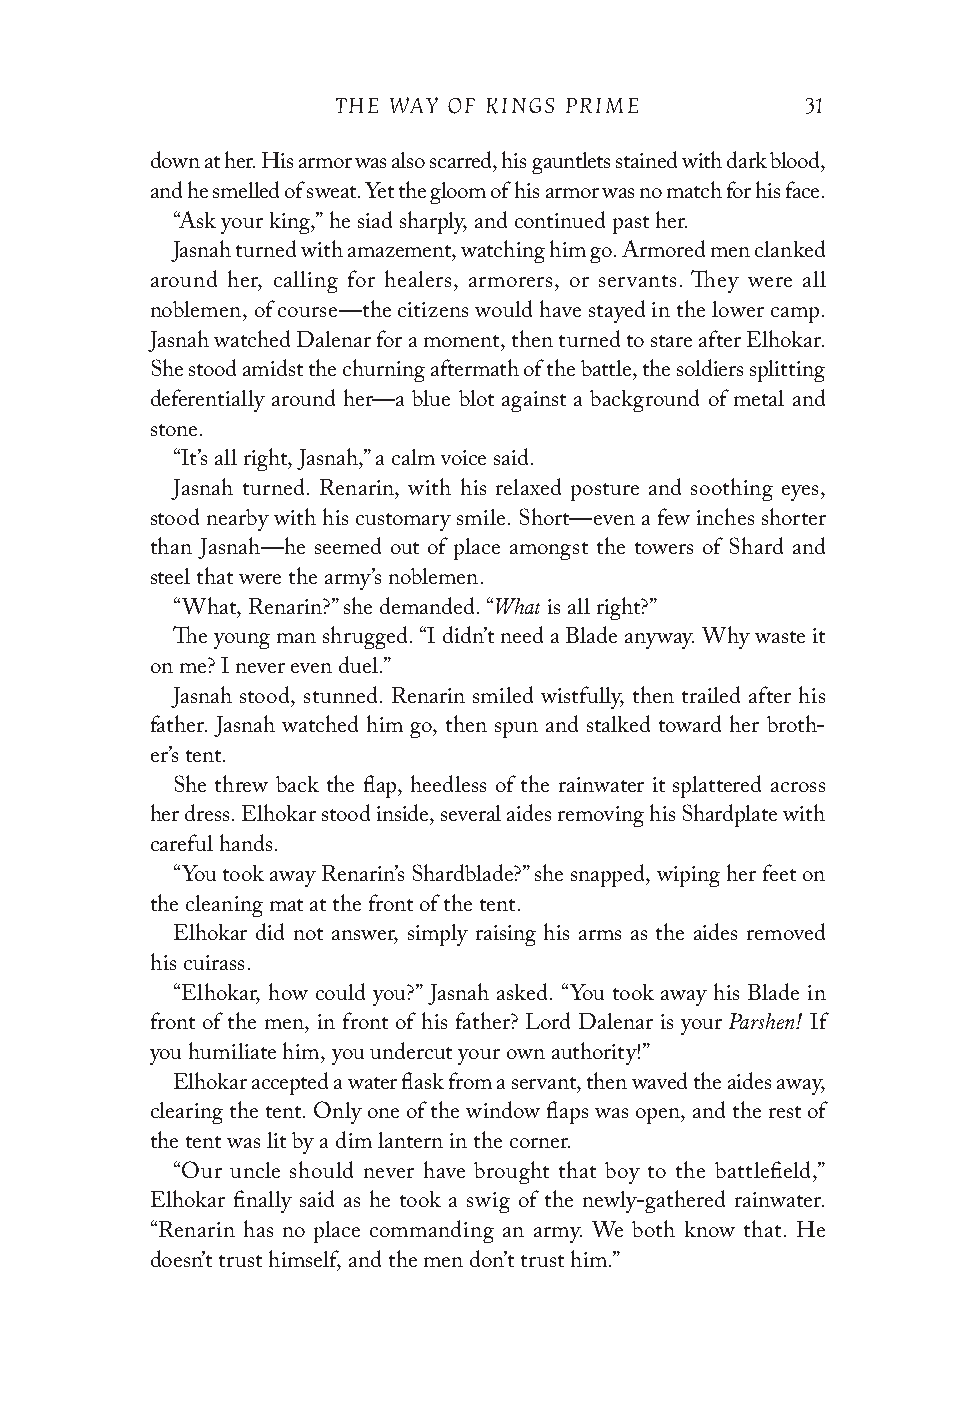
THE WAY OF KINGS PRIME         31
 down at her. His armor was also scarred, his gauntlets stained with dark blood,
 and he smelled of sweat. Yet the gloom of his armor was no match for his face.
 “Ask your king,” he siad sharply, and continued past her.
 Jasnah turned with amazement, watching him go. Armored men clanked
 around her, calling for healers, armorers, or servants. They were all
 noblemen, of course—the citizens would have stayed in the lower camp.
 Jasnah watched Dalenar for a moment, then turned to stare after Elhokar.
 She stood amidst the churning aftermath of the battle, the soldiers splitting
 deferentially around her—a blue blot against a background of metal and
 stone.
 “It’s all right, Jasnah,” a calm voice said.
 Jasnah turned. Renarin, with his relaxed posture and soothing eyes,
 stood nearby with his customary smile. Short—even a few inches shorter
 than Jasnah—he seemed out of place amongst the towers of Shard and
 steel that were the army’s noblemen.
 What
 “What, Renarin?” she demanded. “ is all right?”
 The young man shrugged. “I didn’t need a Blade anyway. Why waste it
 on me? I never even duel.”
 Jasnah stood, stunned. Renarin smiled wistfully, then trailed after his
 father. Jasnah watched him go, then spun and stalked toward her broth-
 er’s tent.
 She threw back the flap, heedless of the rainwater it splattered across
 her dress. Elhokar stood inside, several aides removing his Shardplate with
 careful hands.
 “You took away Renarin’s Shardblade?” she snapped, wiping her feet on
 the cleaning mat at the front of the tent.
 Elhokar did not answer, simply raising his arms as the aides removed
 his cuirass.
 “Elhokar, how could you?” Jasnah asked. “You took away his Blade in
 Parshen!
 front of the men, in front of his father? Lord Dalenar is your If
 you humiliate him, you undercut your own authority!”
 Elhokar accepted a water flask from a servant, then waved the aides away,
 clearing the tent. Only one of the window flaps was open, and the rest of
 the tent was lit by a dim lantern in the corner.
 “Our uncle should never have brought that boy to the battlefield,”
 Elhokar finally said as he took a swig of the newly-gathered rainwater.
 “Renarin has no place commanding an army. We both know that. He
 doesn’t trust himself, and the men don’t trust him.”